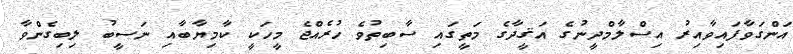
އަންގަވާފައިވާއިރު އިސްލާމްދީނުގެ އަޤީދާގެ މަތީގައި ސާބިތުވެ ހުރެއްޖެ މީހަކީ ކާމިޔާބާއި ނަސީބު ލިބިގެންވާ